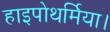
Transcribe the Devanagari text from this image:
हाइपोथर्मिया।